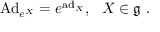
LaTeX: \mathrm { A d } _ { e ^ { X } } = e ^ { \mathrm { a d } _ { X } } , ~ ~ X \in { \mathfrak { g } } ~ .